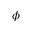
\phi